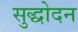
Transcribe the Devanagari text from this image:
सुद्धोदन